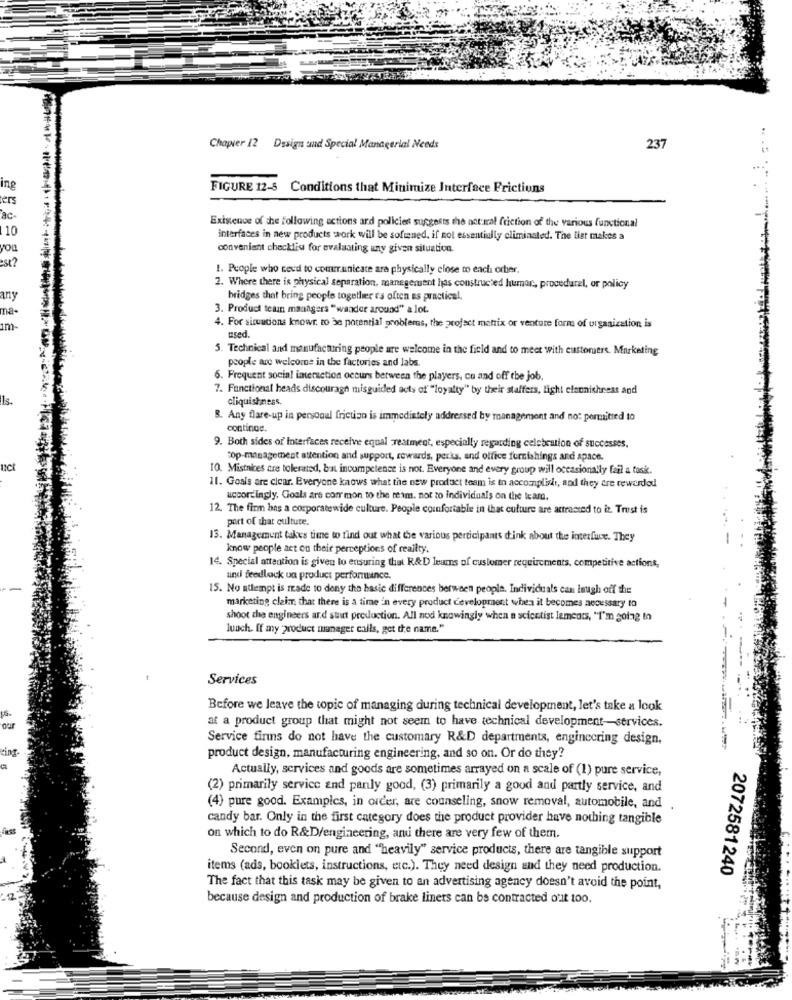
Chapter 12 Design and Special Managerial Needs
237
ing
FIGURE 12-5 Conditions that Minimize Interface Frictions
pers
ac
10
Existence of the following actions and policies suggests the natural friction of the various functional
interfaces in new products work will be softened, if not essentially eliminated. The list makes a
you
convenient checklist for evaluating any given situation.
est?
1. People who need to communicate ara physically close to each other.
2. Where there is physical separation, manegement has constructed humor ., procedural, or policy
any
bridges that bring people together es often as practical.
ma-
3. Product tean managers "wander around" a lot.
1m-
4. For sicuucions knowr. to be potential problems, the project matrix or venture form of organization is
used.
5. Technical and manufacturing people are welcome in the field and to meet with customers. Marketing
people are welcome in the factories and labs.
6. Frequent social interaction occurs between the players, co and off the job.
7. Functional heads discourage misguided acts of"loyalty" by their staffers, light clannishness and
cliquishness.
B. Any flare-up in personul friction is immediately addressed by management and no: permitted to
continue.
9. Both sides of' Interfaces receive equal reatment, especially regarding celebration of successes,
top-management attention and support, rewards, perks, and office furnishings and space.
uct
10. Mistaices are tolerated, bat incompetence is not. Everyone and every group will occasionally fail a task.
11. Goals are clear. Everyone knows what the new product team is to accomplish, and they are rewardod
accordingly. Goals are common to the reim. not to individuals on the team.
12. The firm has a corporatewide culture. People comfortable in that culture are attracted to it. Trust is
port of that culture.
13. Management takes time to find out what the various participants dink about the interface. They
know people act on their perceptions of reality.
14. Special attention is given to ensuring that R&D leums of customer requirements, competitive actions,
und feedlack oa product performance.
15. No attempt is made to deny the basic differences between people. Individuals can Imagh off the
marketing claim that there is a time in every product development when it becomes necessary to
shoot the engineers and strut production. All nod knowingly when a scientist laments, "I'm going to
lunch. If my product manager calls, get the name."
Services
Before we leave the topic of managing during technical development, let's take a look
at a product group that might not seem to have technical development-services.
our
Service finns do not have the customary R&D departments, engineering design,
int.
product design, manufacturing engineering, and so on. Or do they?
Actually, services and goods are sometimes arrayed on a scale of (1) pure service,
(2) primarily service and panly good, (3) primarily a good and partly service, and
(4) pure good. Examples, in order, are counseling, snow removal, automobile, and
candy bar. Only in the first category does the product provider have nothing tangible
on which to do R&D/engineering, and there are very few of them.
Second, even on pure and "heavily" service products, there are tangible support
items (ads, booklets, instructions, etc.). They need design and they need production.
2072581240
The fact that this task may be given to an advertising agency doesn't avoid the point,
because design and production of brake liners can be contracted out too.